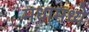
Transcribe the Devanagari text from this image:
मधामध्ये